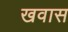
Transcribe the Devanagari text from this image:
खवास